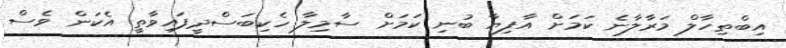
އިބްތިހާލް މަރާލާނެ ކަމަށް އާފިޔާ ބުނި ކަމަށް ސާމިލާ ހެކިބަސްދީފައިވާތީ އެކަން ވެސް